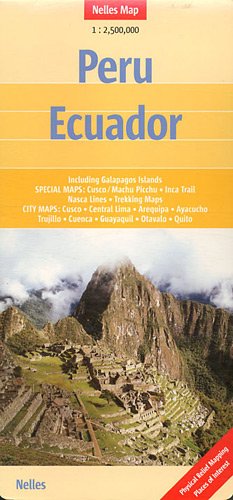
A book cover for Peru and Ecuador Nelles map; Including Galapagos Isl. (English and French Edition) (English, French and German Edition); Nelles Verlag; Travel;